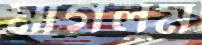
মাগলুম